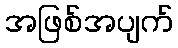
အဖြစ်အပျက်